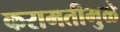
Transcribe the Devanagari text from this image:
करामतीमुळे